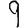
Digit: 9